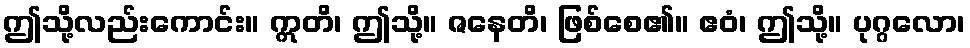
ဤသို့လည်းကောင်း။ ဣတိ၊ ဤသို့။ ဇနေတိ၊ ဖြစ်စေ၏။ ဧဝံ၊ ဤသို့။ ပုဂ္ဂလော၊